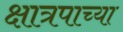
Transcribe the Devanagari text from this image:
क्षात्रपाच्या